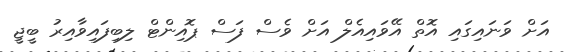
އަށް ވަނައިގައި އޮތް އޭވައިއެލް އަށް ވެސް ފަސް ޕޮއިންޓް ލިބިފައިވާއިރު ބީޖީ